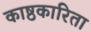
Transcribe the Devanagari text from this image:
काष्ठकारिता